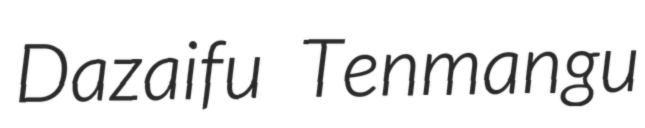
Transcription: Dazaifu Tenmangu